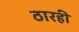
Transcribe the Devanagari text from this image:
ठारही